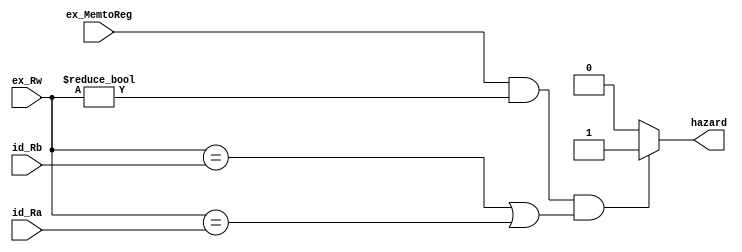
`timescale 1ns / 1ps
module HazardDetectionUnit(ex_MemtoReg,ex_Rw,id_Ra,id_Rb,hazard);
	input 	   ex_MemtoReg;
	input[4:0] ex_Rw;
	input[4:0] id_Ra;
	input[4:0] id_Rb;

	output reg hazard;	

	initial begin
		hazard = 0;
	end

	always @(*) begin
		if (ex_MemtoReg!=0 && ex_Rw!=0 && (ex_Rw == id_Rb || ex_Rw == id_Ra))
			  hazard <= 1;
		else hazard <= 0;
	end
endmodule